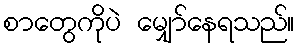
စာတွေကိုပဲ မျှော်နေရသည်။